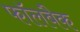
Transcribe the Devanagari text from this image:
फॉलबैक